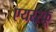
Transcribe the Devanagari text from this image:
एयरस्क्रू